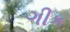
ગીક